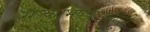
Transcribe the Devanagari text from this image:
राज्याभिषेकासंबंधी